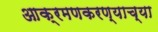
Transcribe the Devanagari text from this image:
आक्रमणकरण्याच्या